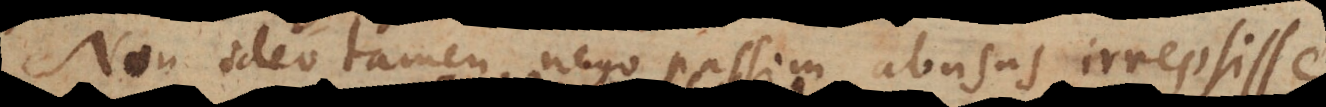
Non ideo tamen nego passim abusus irrepsisse